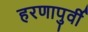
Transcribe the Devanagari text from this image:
हरणापुर्वी